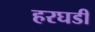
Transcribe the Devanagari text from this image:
हरघडी